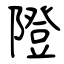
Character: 隥